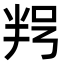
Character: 𠲑